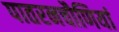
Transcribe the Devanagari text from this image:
पातरनचौणियां